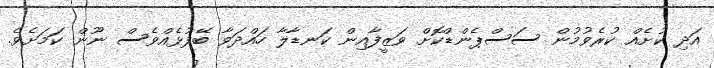
އަދި ކުށެއް ކުރެވުމުން ސަސްޕެންޑްކޮށް ވަޒީފާއިން ކަނޑާލާ ހައްދަވާ ބޭފުޅެއްވެސް ނޫން ކަމަށެވެ.